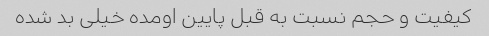
کیفیت و حجم نسبت به قبل پایین اومده خیلی بد شده